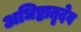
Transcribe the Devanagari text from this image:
अधिष्ठातृदेव